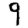
Digit: 9